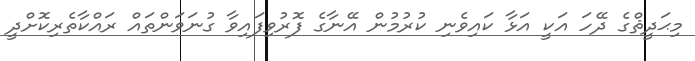
މިޙަދީޘްގެ ދޭހަ އަކީ އަޅާ ކައިވެނި ކުރުމުން އޭނާގެ ފޮރުވިފައިވާ ގުނަވަންތައް ރައްކާތެރިކޮށްދީ